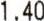
1.40